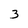
Character: 3